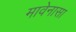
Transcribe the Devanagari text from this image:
मावेनासा